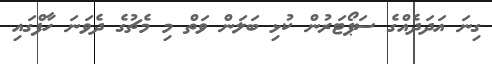
ގިނަ އަދަދެއްގެ ސަޕޯޓަރުން ކުޅި ބަލަން ވަތް މި މެޗުގެ ދެވަނަ ހާފްގައި